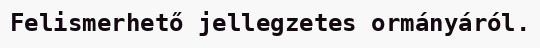
Felismerhető jellegzetes ormányáról.